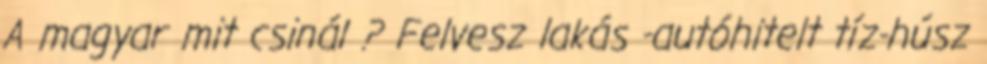
A magyar mit csinál ? Felvesz lakás -autóhitelt tíz-húsz